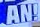
AN